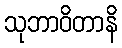
သုဘာဝိတာနိ